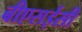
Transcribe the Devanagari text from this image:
बीएसईसी